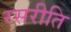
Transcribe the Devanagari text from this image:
रसरीति